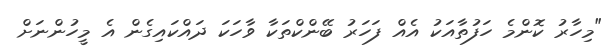
"މިހާރު ކޮންމެ ހަފުތާއަކު އެއް ފަހަރު ބޭންކްތަކާ ވާހަކަ ދައްކައިގެން އެ މީހުންނަށް